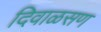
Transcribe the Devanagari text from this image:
दिवाळसण